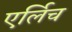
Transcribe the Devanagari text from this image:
एर्लिच